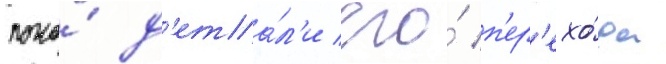
пока́ д'ета́л'и его́ п'ер'ехо́да